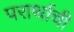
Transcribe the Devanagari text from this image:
परार्थाची